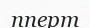
пперт